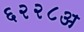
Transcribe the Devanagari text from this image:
६२२८अ